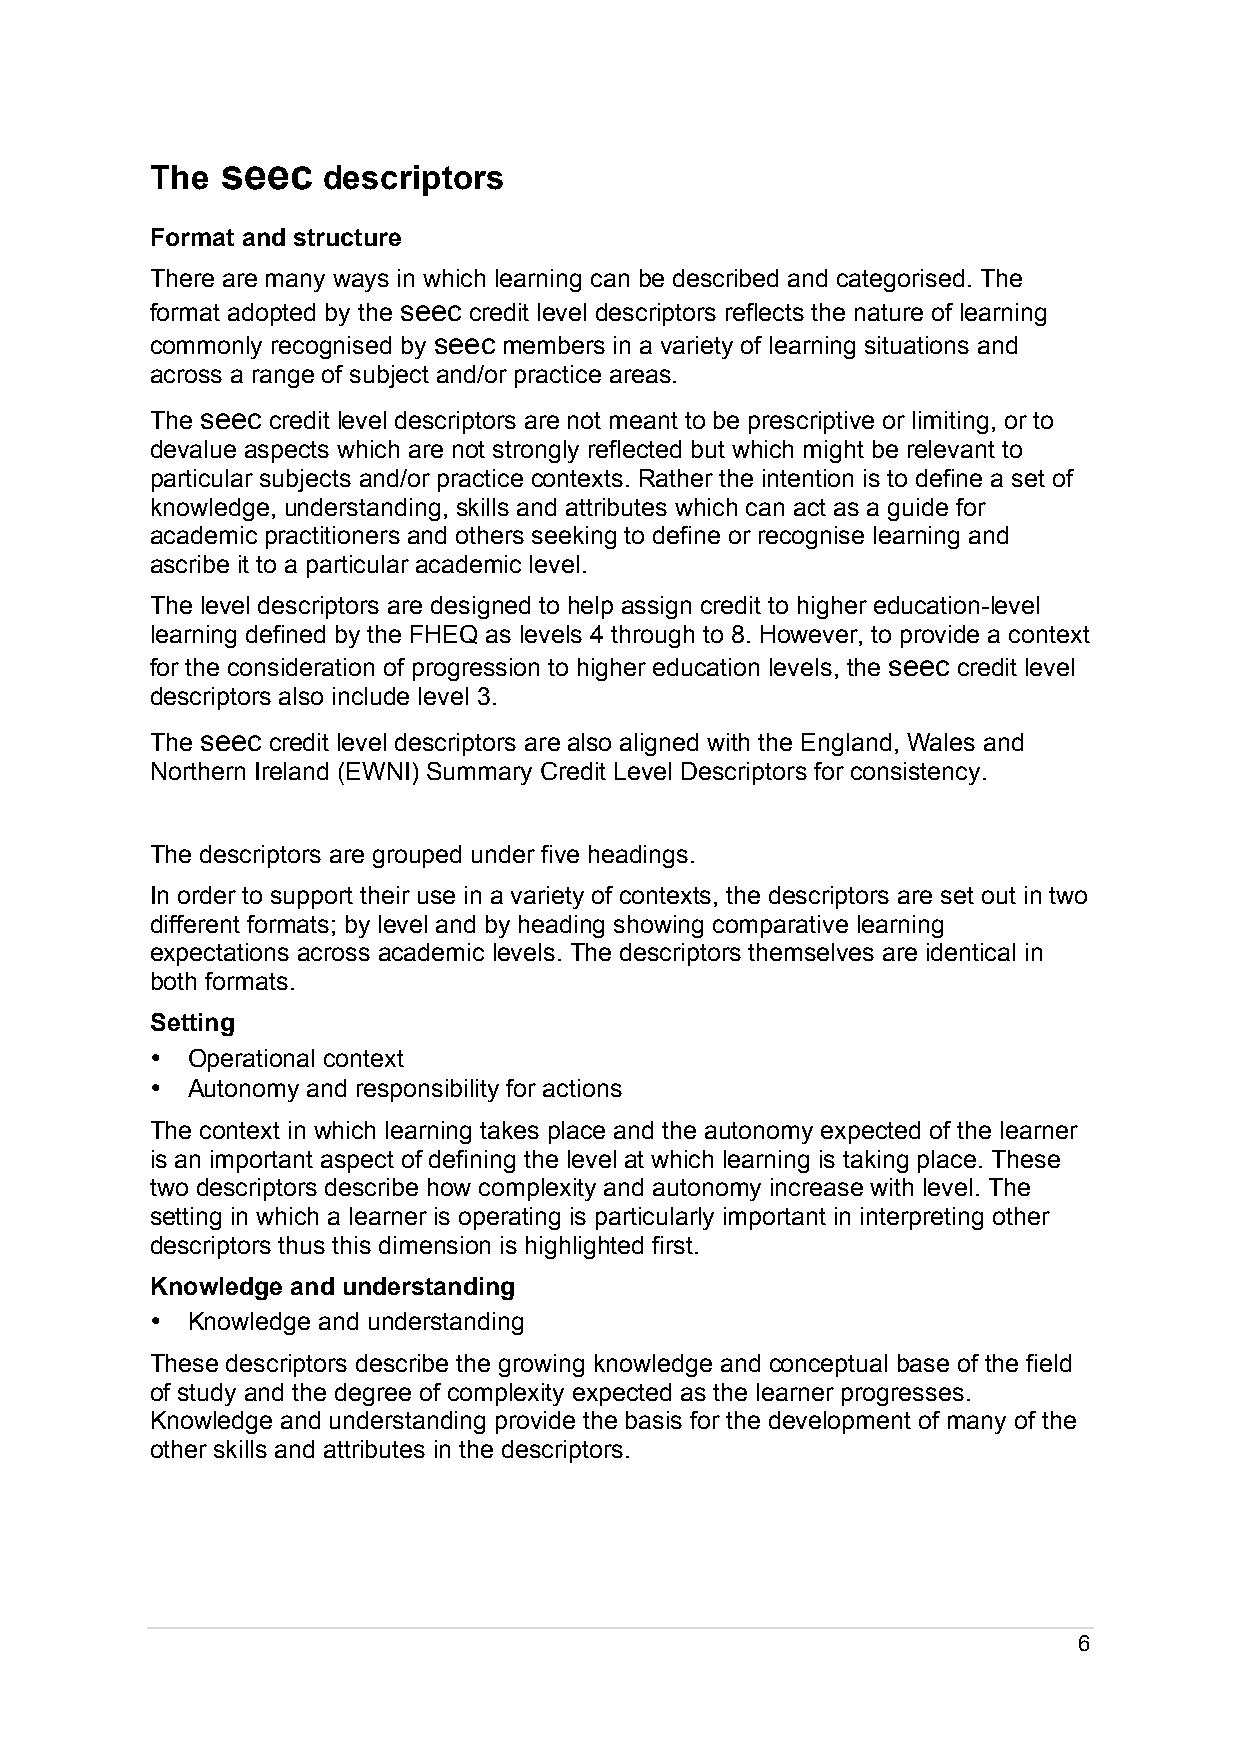
seec
 The        descriptors
 Format and structure
 There are many ways in which learning can be described and categorised. The
 format adopted by the seec credit level descriptors reflects the nature of learning
 commonly recognised by seec members in a variety of learning situations and
 across a range of subject and/or practice areas.
 The seec credit level descriptors are not meant to be prescriptive or limiting, or to
 devalue aspects which are not strongly reflected but which might be relevant to
 particular subjects and/or practice contexts. Rather the intention is to define a set of
 knowledge, understanding, skills and attributes which can act as a guide for
 academic practitioners and others seeking to define or recognise learning and
 ascribe it to a particular academic level.
 The level descriptors are designed to help assign credit to higher education-level
 learning defined by the FHEQ as levels 4 through to 8. However, to provide a context
 for the consideration of progression to higher education levels, the seec credit level
 descriptors also include level 3.
 The seec credit level descriptors are also aligned with the England, Wales and
 Northern Ireland (EWNI) Summary Credit Level Descriptors for consistency.
 The descriptors are grouped under five headings.
 In order to support their use in a variety of contexts, the descriptors are set out in two
 different formats; by level and by heading showing comparative learning
 expectations across academic levels. The descriptors themselves are identical in
 both formats.
 Setting
 • Operational context
 • Autonomy and responsibility for actions
 The context in which learning takes place and the autonomy expected of the learner
 is an important aspect of defining the level at which learning is taking place. These
 two descriptors describe how complexity and autonomy increase with level. The
 setting in which a learner is operating is particularly important in interpreting other
 descriptors thus this dimension is highlighted first.
 Knowledge and understanding
 • Knowledge and understanding
 These descriptors describe the growing knowledge and conceptual base of the field
 of study and the degree of complexity expected as the learner progresses.
 Knowledge and understanding provide the basis for the development of many of the
 other skills and attributes in the descriptors.
 6